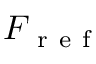
F _ { \mathrm { ~ r ~ e ~ f ~ } }